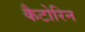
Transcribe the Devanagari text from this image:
कैटोरिन